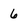
Character: 6